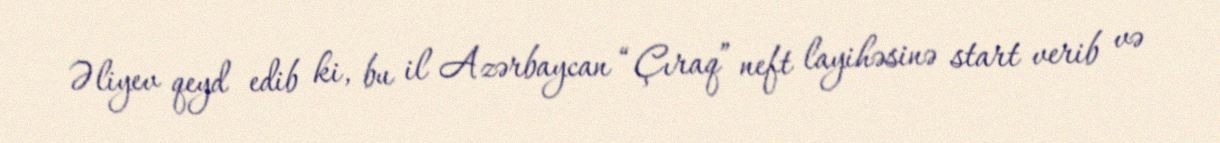
Əliyev qeyd edib ki, bu il Azərbaycan “Çıraq” neft layihəsinə start verib və